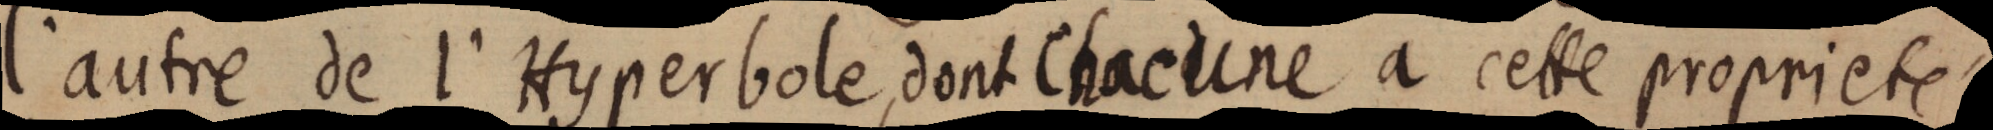
l’autre de l’Hyperbole dont chacune a cette propriete